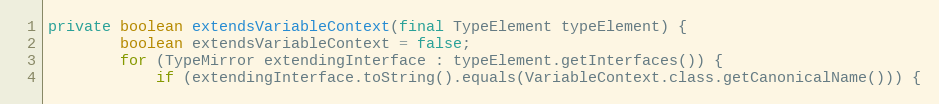
Language: Java
private boolean extendsVariableContext(final TypeElement typeElement) {
        boolean extendsVariableContext = false;
        for (TypeMirror extendingInterface : typeElement.getInterfaces()) {
            if (extendingInterface.toString().equals(VariableContext.class.getCanonicalName())) {